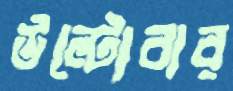
উল্‌টোবার